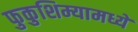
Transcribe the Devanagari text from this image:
फुकुशिम्यामध्ये